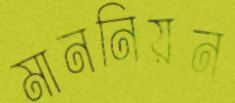
মাননিয়ন